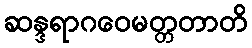
ဆန္ဒရာဂဝေမတ္တတာတိ